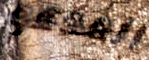
المدعو